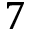
7